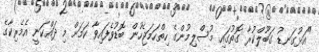
"އަޅުގަނޑު ގަބޫލްކުރާ ގޮތުގައި މުސްލިމުންގެ ހިތްހަމަޖެހުން ބޮޑުވެފައިވާ ކަމަށް މި ދައްކަނީ އެމެރިކާގެ